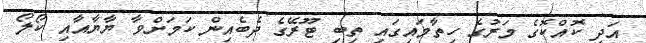
އަދި ކޮއްކޮގެ މަރުގެ ހިތާމައިގައި ތިބި ޓޫރޭގެ ދެބެއިން ކަމަށްވާ ޔާޔާއާއި ކޯލޯ